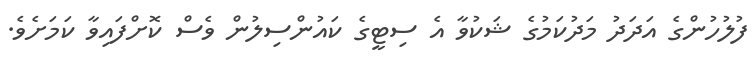
ފުލުހުންގެ އަދަދު މަދުކަމުގެ ޝަކުވާ އެ ސިޓީގެ ކައުންސިލުން ވެސް ކޮށްފައިވާ ކަމަށެވެ.